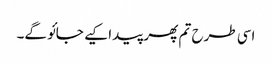
اسی طرح تم پھر پیدا کیے جائو گے۔